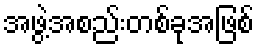
အဖွဲ့အစည်းတစ်ခုအဖြစ်